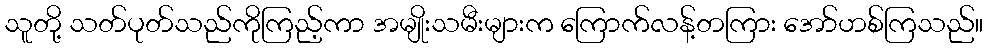
သူတို့ သတ်ပုတ်သည်ကိုကြည့်ကာ အမျိုးသမီးများက ကြောက်လန့်တကြား အော်ဟစ်ကြသည်။